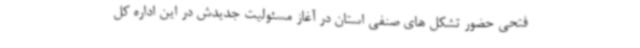
فتحی حضور تشکل های صنفی استان در آغاز مسئولیت جدیدش در این اداره کل